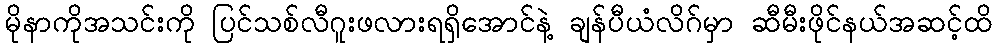
မိုနာကိုအသင်းကို ပြင်သစ်လီဂူးဖလားရရှိအောင်နဲ့ ချန်ပီယံလိဂ်မှာ ဆီမီးဖိုင်နယ်အဆင့်ထိ